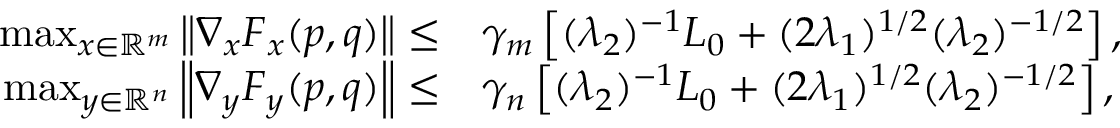
\begin{array} { r l } { \operatorname* { m a x } _ { x \in \mathbb { R } ^ { m } } \left\| \nabla _ { x } \boldsymbol { F } _ { x } ( p , q ) \right\| \leq } & { \gamma _ { m } \left[ ( \lambda _ { 2 } ) ^ { - 1 } L _ { 0 } + ( 2 \lambda _ { 1 } ) ^ { 1 / 2 } ( \lambda _ { 2 } ) ^ { - 1 / 2 } \right] , } \\ { \operatorname* { m a x } _ { y \in \mathbb { R } ^ { n } } \left\| \nabla _ { y } \boldsymbol { F } _ { y } ( p , q ) \right\| \leq } & { \gamma _ { n } \left[ ( \lambda _ { 2 } ) ^ { - 1 } L _ { 0 } + ( 2 \lambda _ { 1 } ) ^ { 1 / 2 } ( \lambda _ { 2 } ) ^ { - 1 / 2 } \right] , } \end{array}